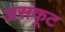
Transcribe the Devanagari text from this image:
असंकूट